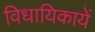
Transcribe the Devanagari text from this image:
विधायिकायें